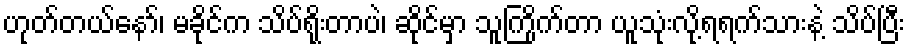
ဟုတ်တယ်နော်၊ မခိုင်က သိပ်ရိုးတာပဲ၊ ဆိုင်မှာ သူကြိုက်တာ ယူသုံးလို့ရရက်သားနဲ့ သိပ်ပြီး